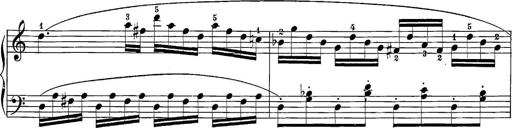
Title: 12 Sonatine per Pianoforte
Composer: Friedrich Kuhlau